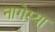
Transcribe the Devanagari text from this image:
नागेस्या